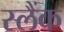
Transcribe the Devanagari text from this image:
स्लैंक